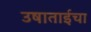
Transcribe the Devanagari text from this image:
उषाताईचा